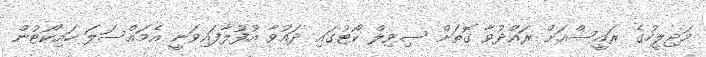
މަޖިލީހުގެ ރައީސްއަށް ރައްދުވާ ގޮތަށް ސިވިލް ކޯޓުގައި ދައުވާ އުފުލާފައިވަނީ އެމައްސަލަ ހައިކޯޓުން